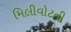
મિલીવોટની